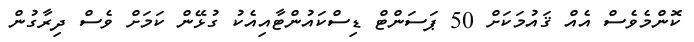
ކޮންމެވެސް އެއް ޤައުމަކަށް 50 ޕަސަންޓް ޑިސްކައުންޓާއިއެކު ގުޅޭން ކަމަށް ވެސް ދިރާގުން